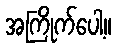
အကြိုက်ပေါ့။